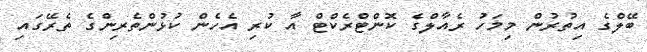
ބޭލްގެ އިތުރުން މިމަހު ރެއާލްގެ ކޮންޓްރެކްޓް އާ ކުރި އެހެން ކުޅުންތެރިންގެ ތެރޭގައި